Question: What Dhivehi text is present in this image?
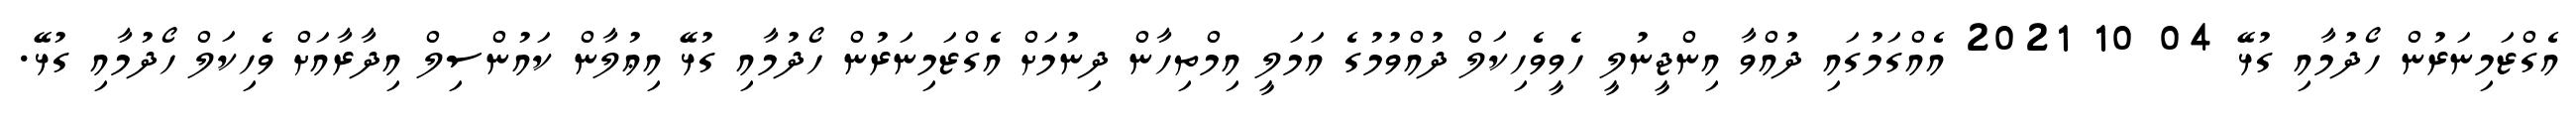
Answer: އެގްޒަމިނަރުން ހޯދުމާއި ގުޅޭ 04 10 2021 އެއްގަމުގައި ދުއްވާ އިންޖީނުލީ ހެވީވެހިކަލް ދުއްވުމުގެ އަމަލީ އިމްތިހާން ދިނުމަށް އެގްޒަމިނަރުން ހޯދުމާއި ގުޅޭ އިޢުލާން ކައުންސިލް އިދާރާއަށް ވެހިކަލް ހޯދުމާއި ގުޅޭ.